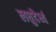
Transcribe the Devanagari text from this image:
लघुदैर्ध्य